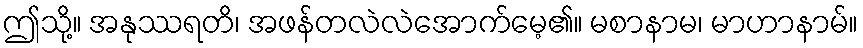
ဤသို့။ အနုဿရတိ၊ အဖန်တလဲလဲအောက်မေ့၏။ မစာနာမ၊ မာဟာနာမ်။